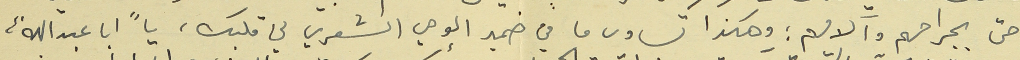
حتى بجراحهم وآلامهم ؛ وهكذا تساوى ما في ضمير الوحي الشعريّ في قلبك يا "ابا عبدالله"،